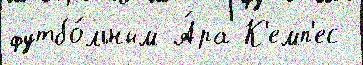
футбо́льным А́ра К'емп'ес